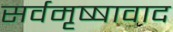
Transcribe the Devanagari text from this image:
सर्वमृष्षावाद